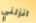
انزلني